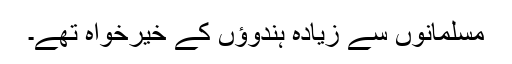
مسلمانوں سے زیادہ ہندوؤں کے خیرخواہ تھے۔